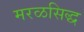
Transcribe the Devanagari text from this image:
मरळसिद्ध